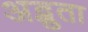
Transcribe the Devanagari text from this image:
अद्भुता